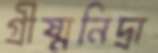
গ্রীষ্মনিদ্রা